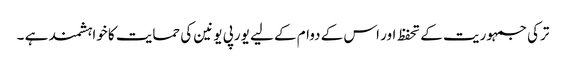
ترکی جمہوریت کے تحفظ اور اس کے دوام کے لیے یورپی یونین کی حمایت کا خواہشمند ہے ۔